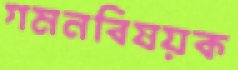
গমনবিষয়ক